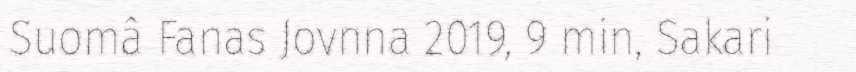
Suomâ Fanas Jovnna 2019, 9 min, Sakari